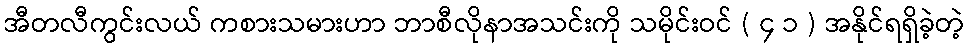
အီတလီကွင်းလယ် ကစားသမားဟာ ဘာစီလိုနာအသင်းကို သမိုင်းဝင် ( ၄ ၁ ) အနိုင်ရရှိခဲ့တဲ့